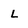
Character: L